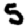
Digit: 5